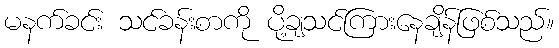
မနက်ခင်း သင်ခန်းစာကို ပို့ချသင်ကြားနေချိန်ဖြစ်သည်။